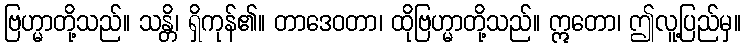
ဗြဟ္မာတို့သည်။ သန္တိ၊ ရှိကုန်၏။ တာဒေဝတာ၊ ထိုဗြဟ္မာတို့သည်။ ဣတော၊ ဤလူ့ပြည်မှ။